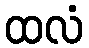
ထလံ